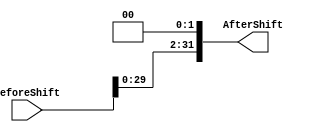
module ShiftLeft(BeforeShift, AfterShift);

input [31:0] BeforeShift;
output [31:0] AfterShift;

assign AfterShift = BeforeShift << 2;

endmodule